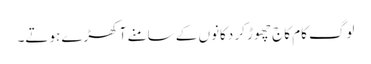
لوگ کام کاج چھوڑ کر دکانوں کے سامنے آ کھڑے ہوتے۔